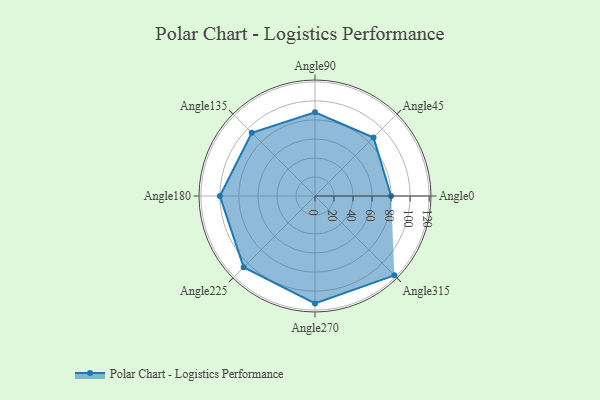
{"axis": {"x": "Angle", "y": "Radius"}, "legend": [""], "data": [{"x": "Angle0", "y": 80.0, "type": ""}, {"x": "Angle45", "y": 87.0, "type": ""}, {"x": "Angle90", "y": 88.0, "type": ""}, {"x": "Angle135", "y": 94.0, "type": ""}, {"x": "Angle180", "y": 100.0, "type": ""}, {"x": "Angle225", "y": 106.0, "type": ""}, {"x": "Angle270", "y": 113.0, "type": ""}, {"x": "Angle315", "y": 118.0, "type": ""}]}